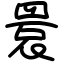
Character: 睘